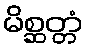
မိစ္ဆတ္တံ